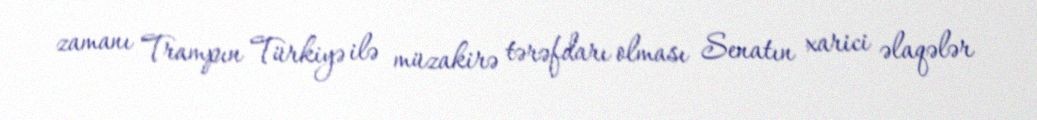
zamanı Trampın Türkiyə ilə müzakirə tərəfdarı olması Senatın xarici əlaqələr